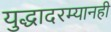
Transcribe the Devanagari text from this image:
युद्धादरम्यानही